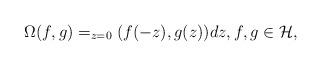
LaTeX: \begin{align*}\Omega(f,g)=_{z=0}(f(-z),g(z))dz, f,g\in \mathcal H,\end{align*}